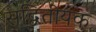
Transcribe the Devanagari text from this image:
सद्वितीयक